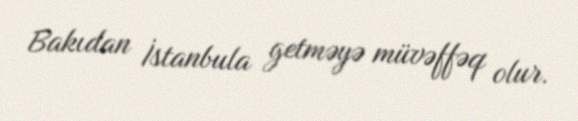
Bakıdan İstanbula getməyə müvəffəq olur.